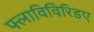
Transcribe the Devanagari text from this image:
फ्लाविविरिडए